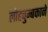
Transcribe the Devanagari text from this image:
लोहचुम्बकाने